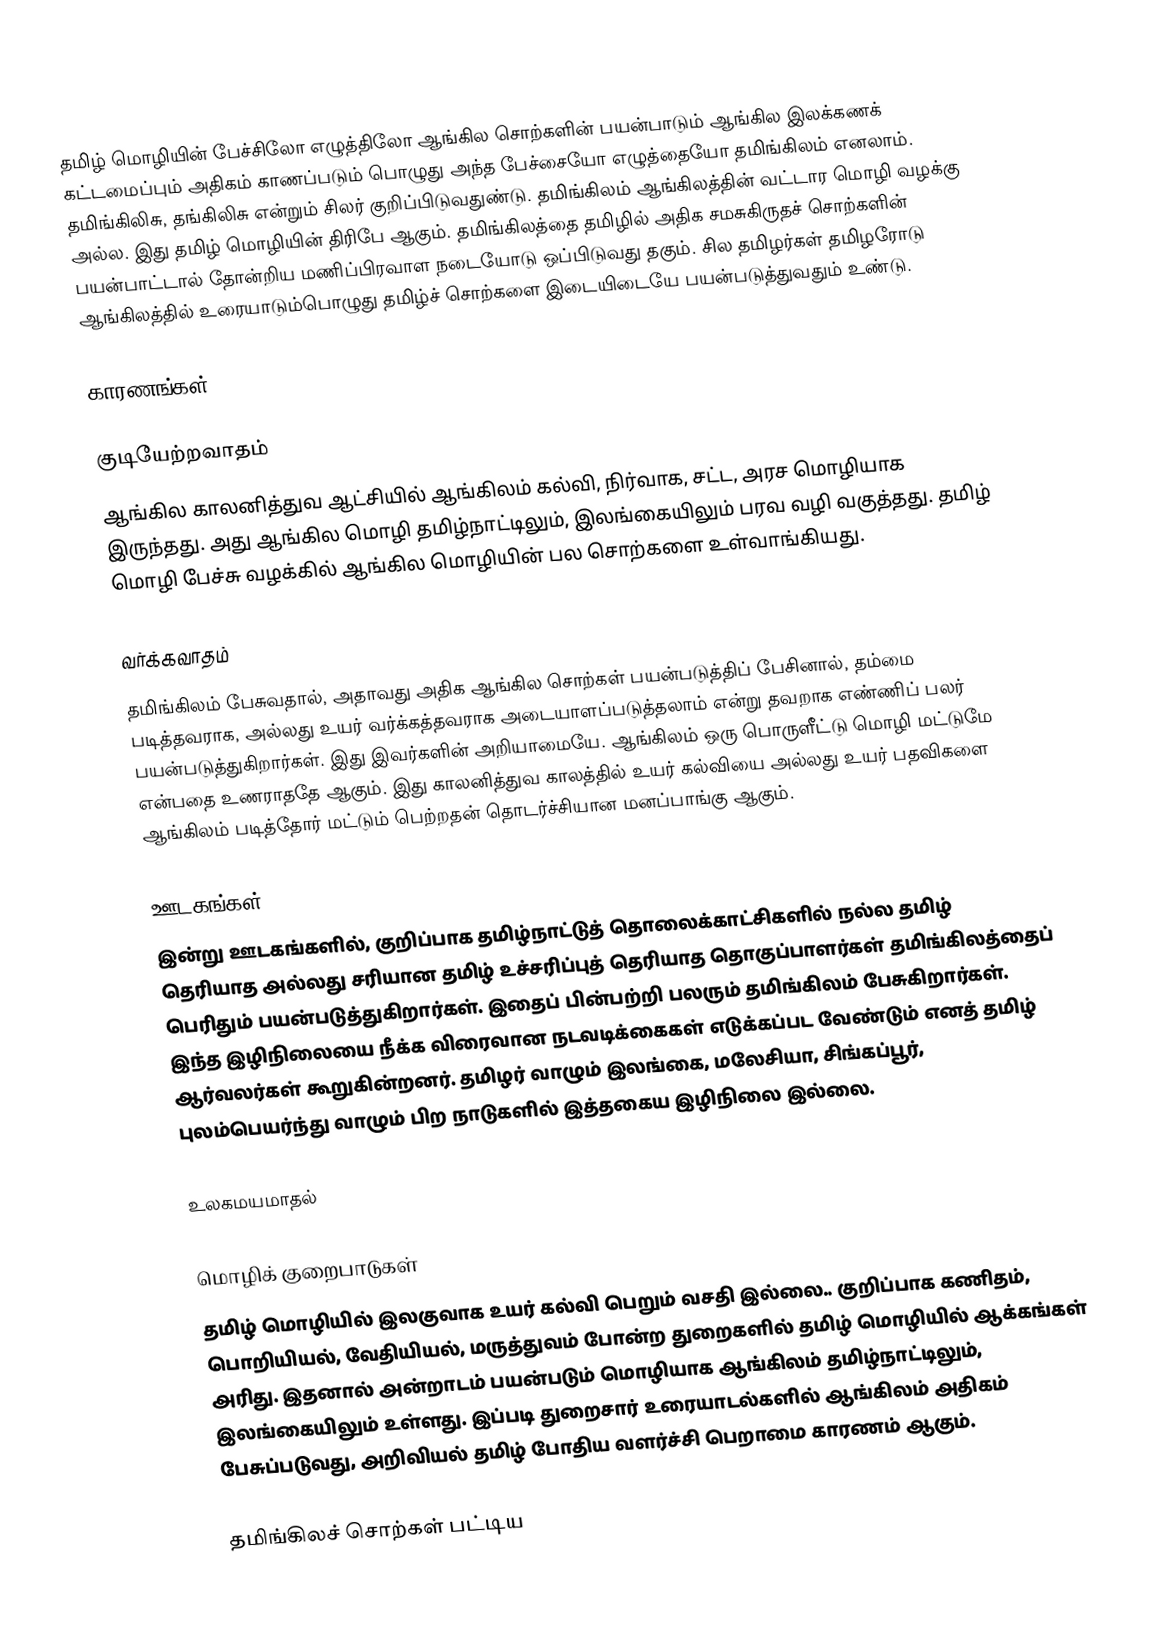
தமிழ் மொழியின் பேச்சிலோ எழுத்திலோ ஆங்கில சொற்களின் பயன்பாடும் ஆங்கில இலக்கணக் கட்டமைப்பும் அதிகம் காணப்படும் பொழுது அந்த பேச்சையோ எழுத்தையோ தமிங்கிலம் எனலாம். தமிங்கிலிசு, தங்கிலிசு என்றும் சிலர் குறிப்பிடுவதுண்டு. தமிங்கிலம் ஆங்கிலத்தின் வட்டார மொழி வழக்கு அல்ல. இது தமிழ் மொழியின் திரிபே ஆகும். தமிங்கிலத்தை தமிழில் அதிக சமசுகிருதச் சொற்களின் பயன்பாட்டால் தோன்றிய மணிப்பிரவாள நடையோடு ஒப்பிடுவது தகும். சில தமிழர்கள் தமிழரோடு ஆங்கிலத்தில் உரையாடும்பொழுது தமிழ்ச் சொற்களை இடையிடையே பயன்படுத்துவதும் உண்டு.

காரணங்கள்:

குடியேற்றவாதம்
ஆங்கில காலனித்துவ ஆட்சியில் ஆங்கிலம் கல்வி, நிர்வாக, சட்ட, அரச மொழியாக இருந்தது. அது ஆங்கில மொழி தமிழ்நாட்டிலும், இலங்கையிலும் பரவ வழி வகுத்தது. தமிழ் மொழி பேச்சு வழக்கில் ஆங்கில மொழியின் பல சொற்களை உள்வாங்கியது.

வர்க்கவாதம்
தமிங்கிலம் பேசுவதால், அதாவது அதிக ஆங்கில சொற்கள் பயன்படுத்திப் பேசினால், தம்மை படித்தவராக, அல்லது உயர் வர்க்கத்தவராக அடையாளப்படுத்தலாம் என்று தவறாக எண்ணிப் பலர் பயன்படுத்துகிறார்கள். இது இவர்களின் அறியாமையே. ஆங்கிலம் ஒரு பொருளீட்டு மொழி மட்டுமே என்பதை உணராததே ஆகும். இது காலனித்துவ காலத்தில் உயர் கல்வியை அல்லது உயர் பதவிகளை ஆங்கிலம் படித்தோர் மட்டும் பெற்றதன் தொடர்ச்சியான மனப்பாங்கு ஆகும்.

ஊடகங்கள்
இன்று ஊடகங்களில், குறிப்பாக தமிழ்நாட்டுத் தொலைக்காட்சிகளில் நல்ல தமிழ் தெரியாத அல்லது சரியான தமிழ் உச்சரிப்புத் தெரியாத தொகுப்பாளர்கள் தமிங்கிலத்தைப் பெரிதும் பயன்படுத்துகிறார்கள். இதைப் பின்பற்றி பலரும் தமிங்கிலம் பேசுகிறார்கள். இந்த இழிநிலையை நீக்க விரைவான நடவடிக்கைகள் எடுக்கப்பட வேண்டும் எனத் தமிழ் ஆர்வலர்கள் கூறுகின்றனர். தமிழர் வாழும் இலங்கை, மலேசியா, சிங்கப்பூர், புலம்பெயர்ந்து வாழும் பிற நாடுகளில் இத்தகைய இழிநிலை இல்லை.

உலகமயமாதல்

மொழிக் குறைபாடுகள்
தமிழ் மொழியில் இலகுவாக உயர் கல்வி பெறும் வசதி இல்லை.. குறிப்பாக கணிதம், பொறியியல், வேதியியல், மருத்துவம் போன்ற துறைகளில் தமிழ் மொழியில் ஆக்கங்கள் அரிது. இதனால் அன்றாடம் பயன்படும் மொழியாக ஆங்கிலம் தமிழ்நாட்டிலும், இலங்கையிலும் உள்ளது. இப்படி துறைசார் உரையாடல்களில் ஆங்கிலம் அதிகம் பேசுப்படுவது, அறிவியல் தமிழ் போதிய வளர்ச்சி பெறாமை காரணம் ஆகும்.

தமிங்கிலச் சொற்கள் பட்டிய